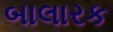
બાલારક